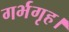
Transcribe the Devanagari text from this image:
गर्भगृह।